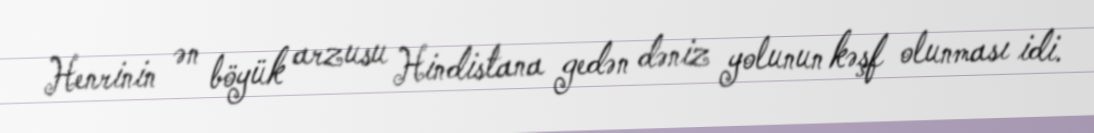
Henrinin ən böyük arzusu Hindistana gedən dəniz yolunun kəşf olunması idi.